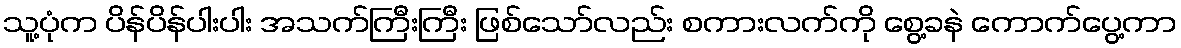
သူ့ပုံက ပိန်ပိန်ပါးပါး အသက်ကြီးကြီး ဖြစ်သော်လည်း စကားလက်ကို စွေ့ခနဲ ကောက်ပွေ့ကာ